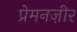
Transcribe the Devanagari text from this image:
प्रेमनज़ीर